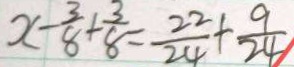
x - \frac { 3 } { 8 } + \frac { 3 } { 8 } = \frac { 2 2 } { 2 4 } + \frac { 9 } { 2 4 }